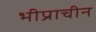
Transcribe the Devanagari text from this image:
भीप्राचीन